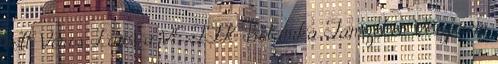
volt. Vörös Lajos a VE TTK Botanika Tanszékén Veszprém